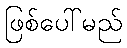
ဖြစ်ပေါ်မည်